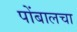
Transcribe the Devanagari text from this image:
पोंबालचा